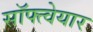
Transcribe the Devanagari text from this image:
सॉफ्त्वेयार